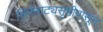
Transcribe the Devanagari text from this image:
सिनेनाट्यसृष्टीपासून